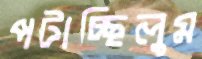
পটাচ্ছিলুম